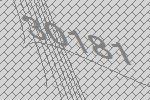
30181